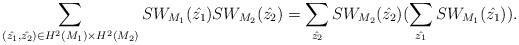
LaTeX: \begin{align*}\sum_{(\hat{z_1}, \hat{z_2}) \in H^2 ( M_1) \times H^2 (M_2)} SW_{M_1} (\hat{z_1}) SW_{M_2} (\hat{z_2}) = \sum_{\hat{z_2}} SW_{M_2} (\hat{z_2}) (\sum_{\hat{z_1}} SW_{M_1} (\hat{z_1})).\end{align*}